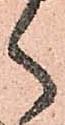
く